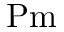
\mathrm { P m }